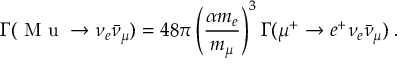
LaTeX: \Gamma ( \textrm { M u } \to \nu _ { e } \bar { \nu } _ { \mu } ) = 4 8 \pi \left( \frac { \alpha m _ { e } } { m _ { \mu } } \right) ^ { 3 } \Gamma ( \mu ^ { + } \to e ^ { + } \nu _ { e } \bar { \nu } _ { \mu } ) \; .